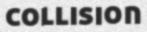
COLLISION